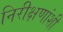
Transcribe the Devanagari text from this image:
निरीक्षणांशी